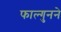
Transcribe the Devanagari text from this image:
फाल्गुनने